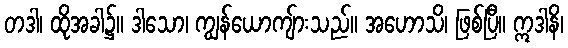
တဒါ၊ ထိုအခါ၌။ ဒါသော၊ ကျွန်ယောကျ်ားသည်။ အဟောသိ၊ ဖြစ်ပြီ။ ဣဒါနိ၊